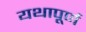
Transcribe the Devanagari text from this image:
यथापूर्ण